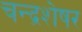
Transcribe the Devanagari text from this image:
चन्द्रशेषर